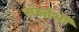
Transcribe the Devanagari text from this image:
संस्तंभी